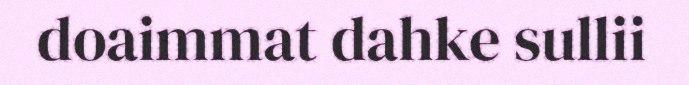
doaimmat dahke sullii